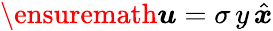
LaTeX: {\ensuremath\boldsymbol{u}}=\sigma\, y\, \hat{\boldsymbol{x}}